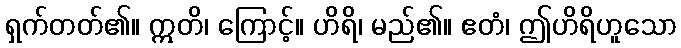
ရှက်တတ်၏။ ဣတိ၊ ကြောင့်။ ဟိရိ၊ မည်၏။ ဧတံ၊ ဤဟိရိဟူသော